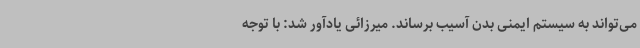
می‌تواند به سیستم ایمنی بدن آسیب برساند. میرزائی یادآور شد: با توجه